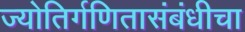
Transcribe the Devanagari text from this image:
ज्योतिर्गणितासंबंधीचा